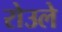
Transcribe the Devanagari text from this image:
रोउले